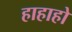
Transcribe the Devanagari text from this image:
हाहाहो